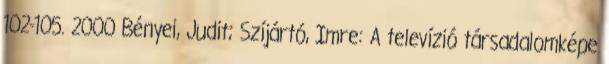
102-105. 2000 Bényei, Judit; Szíjártó, Imre: A televízió társadalomképe